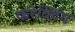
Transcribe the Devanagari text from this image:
करेक्टिंग